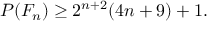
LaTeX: P ( F _ { n } ) \geq 2 ^ { n + 2 } ( 4 n + 9 ) + 1 .